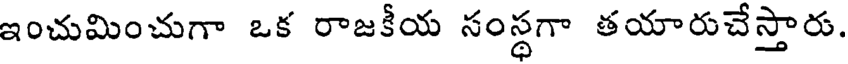
ఇంచుమించుగా ఒక రాజకీయ సంస్థగా తయారుచేస్తారు.